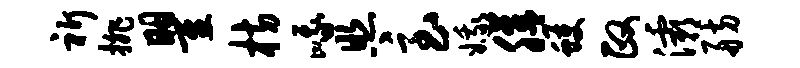
祈排瞿枋峨照急娥膳蠖政灞舫